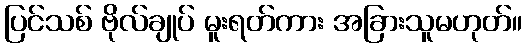
ပြင်သစ် ဗိုလ်ချုပ် မူးရတ်ကား အခြားသူမဟုတ်။